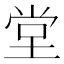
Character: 堂